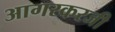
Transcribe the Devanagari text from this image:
आगरकरजी